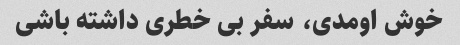
خوش اومدی، سفر بی خطری داشته باشی